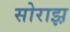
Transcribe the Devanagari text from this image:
सोराझ़